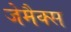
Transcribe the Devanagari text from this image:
जेमैक्स